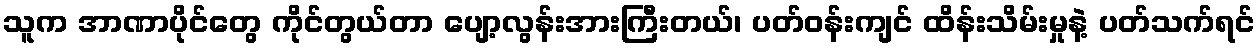
သူက အာဏာပိုင်တွေ ကိုင်တွယ်တာ ပျော့လွန်းအားကြီးတယ်၊ ပတ်ဝန်းကျင် ထိန်းသိမ်းမှုနဲ့ ပတ်သက်ရင်